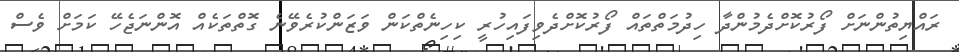
ރައްޔިތުންނަށް ފޯރުކޮށްދެމުންދާ ހިދުމަތްތައް ފޯރުކޮށްދެވިފައިހުރީ ކިހިނެތްކަން ވަޒަންކުރެވޭނެ ގޮތްތަކެއް އޮންނަޖެހޭ ކަމަށް ވެސް